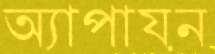
অ্যাপায়ন